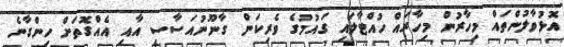
އޮޅުވާލުންތައް މިހާރުން މިހާރައް ހުއްޓާލައި ގައުމުގެ ވެރިކަން ގާނޫނުއަސާސީ އާއި އެއްގޮތަށް ހިންގާނެ